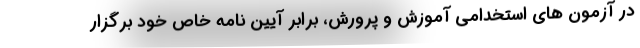
در آزمون های استخدامی آموزش و پرورش، برابر آیین نامه خاص خود برگزار